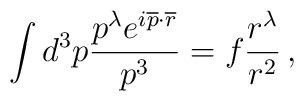
\int d^3p \frac{p^\lambda e^{i\overline{p} \cdot \overline{r} }}{p^3} = f \frac{r^\lambda}{r^2} \, ,